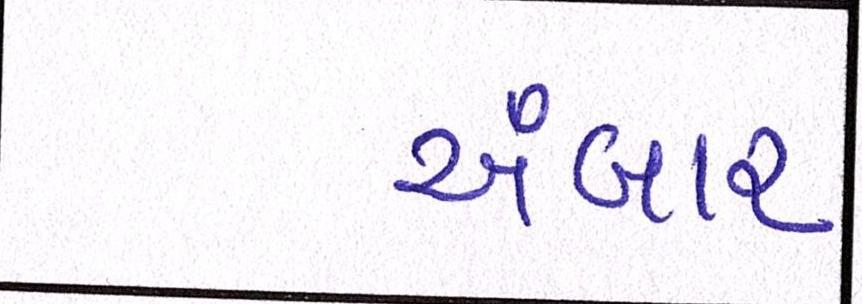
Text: અંબાર